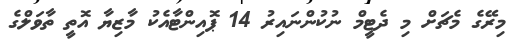
މިރޭގެ މެޗަށް މި ދެޓީމް ނުކުންނައިރު 14 ޕޮއިންޓާއެކު މާޒިޔާ އޮތީ ތާވަލްގެ